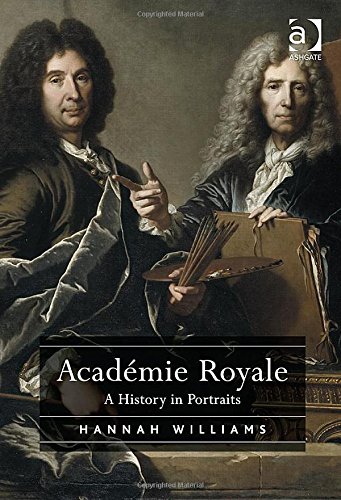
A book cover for Academie Royale: A History in Portraits; Hannah Williams; Arts & Photography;